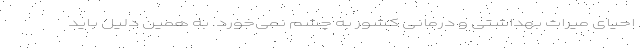
احیای میراث بهداشتی و درمانی کشور به چشم نمی‌خورد. به همین دلیل باید